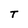
Character: T